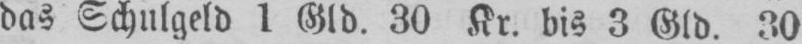
das Schulgeld 1 Gld. 30 Kr. bis 3 Gld, 30